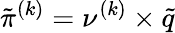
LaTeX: \tilde{\pi}^{(k)}=\nu^{(k)}\times\tilde{q}